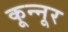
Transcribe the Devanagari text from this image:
कून्‍नूर